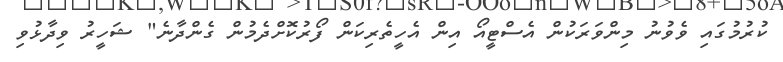
ކުރުމުގައި ވެވުނު މިންވަރަކުން އެސްޓީއޯ އިން އެހީތެރިކަން ފޯރުކޮށްދެމުން ގެންދާނެ" ޝަހީރު ވިދާޅުވި